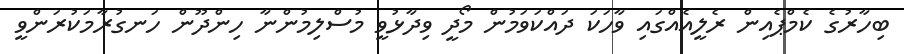
ބިހާރުގެ ކެމްޕެއިން ރެލީއެއްގައި ވާހަކަ ދައްކަވަމުން މޯދީ ވިދާޅުވީ މުސްލިމުންނާ ހިންދޫން ހަނގުރާމަކުރަންވީ